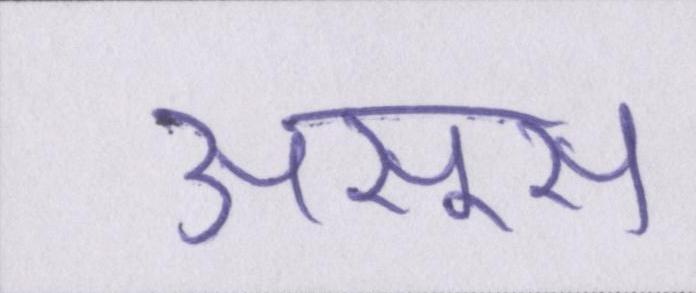
असूस